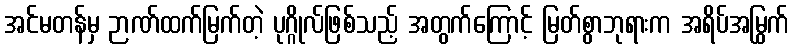
အင်မတန်မှ ဉာဏ်ထက်မြက်တဲ့ ပုဂ္ဂိုလ်ဖြစ်သည့် အတွက်ကြောင့် မြတ်စွာဘုရားက အရိပ်အမြွက်